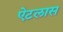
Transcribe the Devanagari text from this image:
ऐटलास